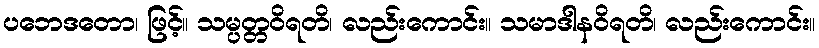
ပဘေဒတော၊ ဖြင့်။ သမ္ပတ္တဝိရတိ၊ လည်းကောင်း။ သမာဒါနဝိရတိ၊ လည်းကောင်း။